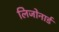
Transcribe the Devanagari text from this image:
लिजोनार्ड